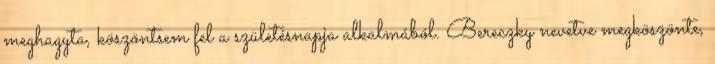
meghagyta, köszöntsem fel a szü­le­tésnapja alkalmából. Bereczky nevetve megköszönte,